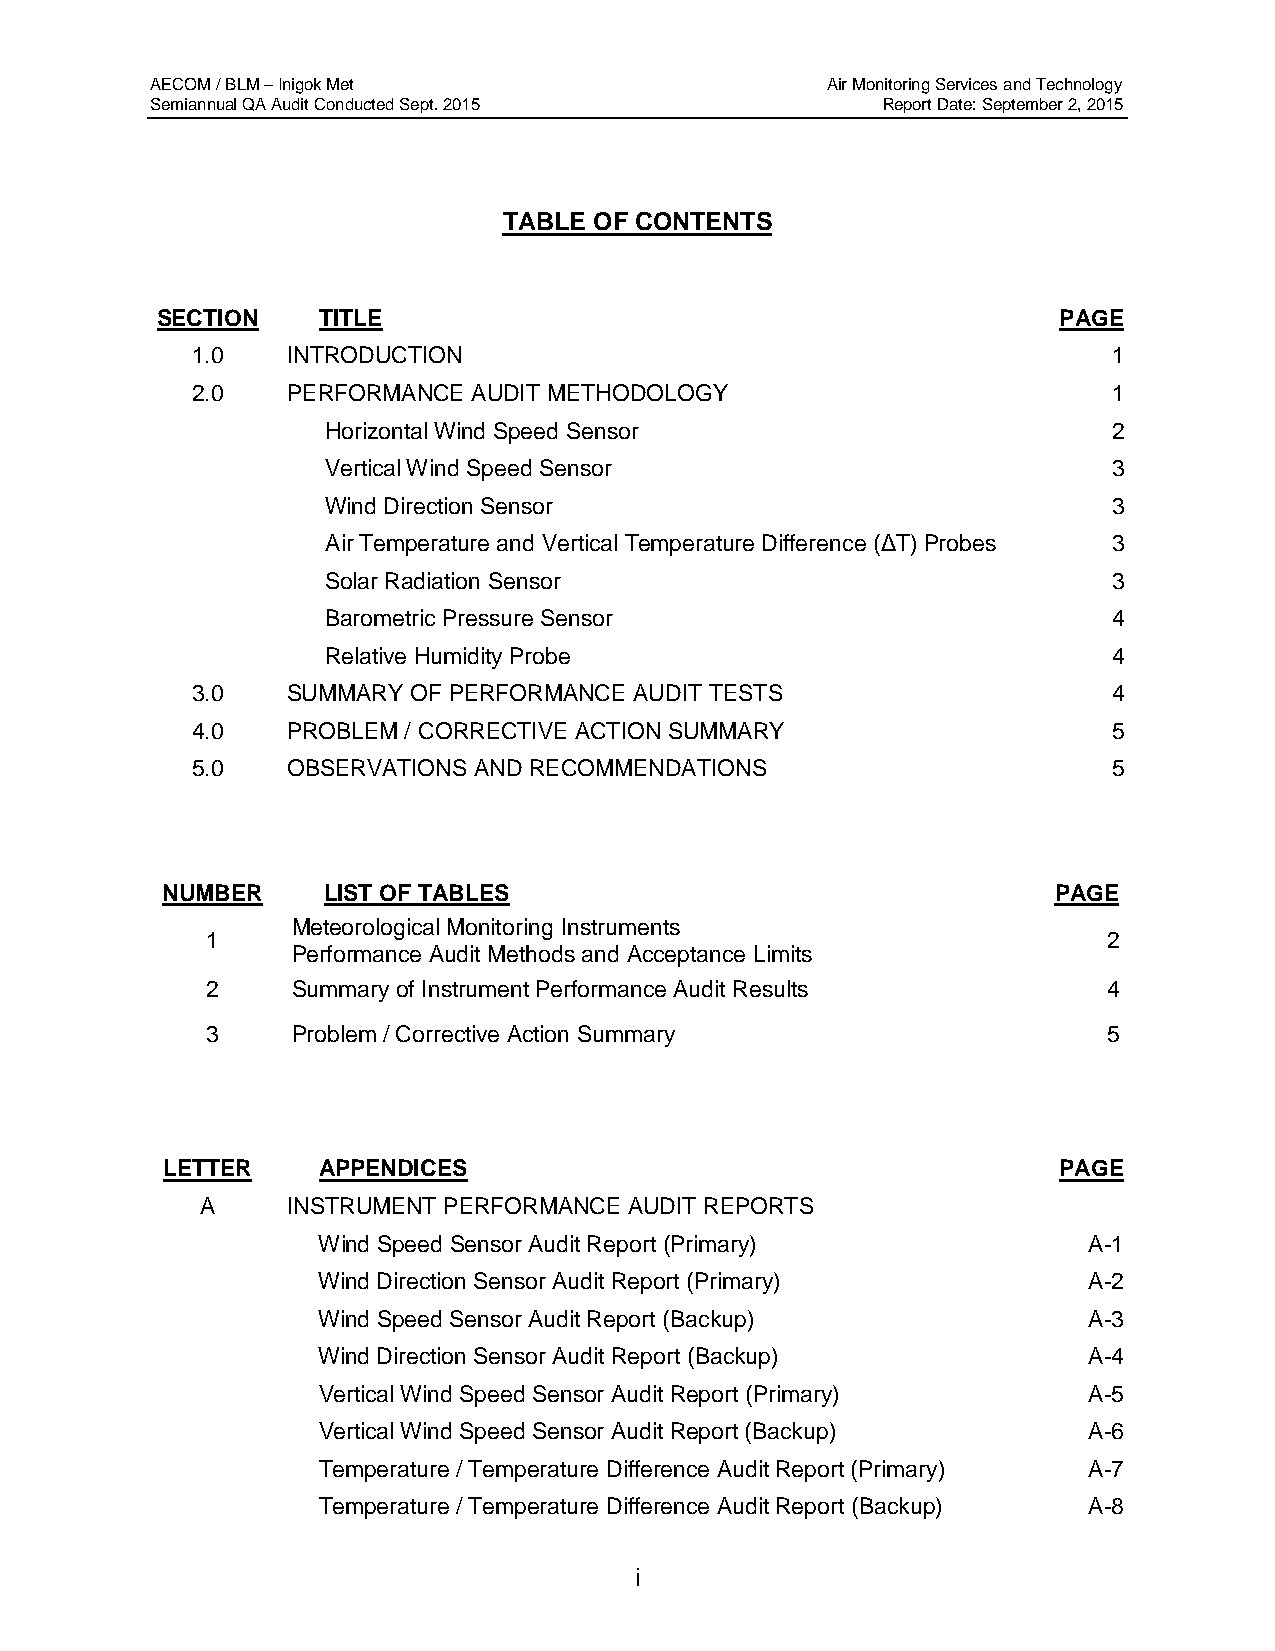
AECOM / BLM – Inigok Met                     Air Monitoring Services and Technology
 Semiannual QA Audit Conducted Sept. 2015        Report Date: September 2, 2015
 TABLE OF CONTENTS
 SECTION    TITLE                                            PAGE
 1.0   INTRODUCTION                                           1
 2.0   PERFORMANCE AUDIT METHODOLOGY                          1
 Horizontal Wind Speed Sensor                        2
 Vertical Wind Speed Sensor                          3
 Wind Direction Sensor                               3
 Air Temperature and Vertical Temperature Difference (ΔT) Probes 3
 Solar Radiation Sensor                              3
 Barometric Pressure Sensor                          4
 Relative Humidity Probe                             4
 3.0   SUMMARY OF PERFORMANCE AUDIT TESTS                     4
 4.0   PROBLEM / CORRECTIVE ACTION SUMMARY                    5
 5.0   OBSERVATIONS AND RECOMMENDATIONS                       5
 NUMBER    LIST OF TABLES                                   PAGE
 Meteorological Monitoring Instruments
 1                                                          2
 Performance Audit Methods and Acceptance Limits
 2    Summary of Instrument Performance Audit Results       4
 3    Problem / Corrective Action Summary                   5
 LETTER    APPENDICES                                       PAGE
 A     INSTRUMENT PERFORMANCE AUDIT REPORTS
 Wind Speed Sensor Audit Report (Primary)           A-1
 Wind Direction Sensor Audit Report (Primary)       A-2
 Wind Speed Sensor Audit Report (Backup)            A-3
 Wind Direction Sensor Audit Report (Backup)        A-4
 Vertical Wind Speed Sensor Audit Report (Primary)  A-5
 Vertical Wind Speed Sensor Audit Report (Backup)   A-6
 Temperature / Temperature Difference Audit Report (Primary) A-7
 Temperature / Temperature Difference Audit Report (Backup) A-8
 i